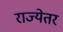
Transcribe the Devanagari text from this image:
राज्येतर